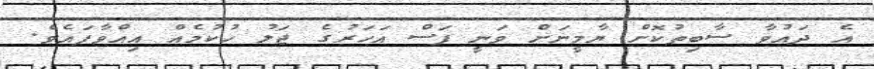
އެ ދައުވާ ސާބިތުކޮށް ޔާމީނަށް ވަނީ ފަސް އަހަރުގެ ޖަލު ހުކުމެއް އިއްވާފައެވެ.